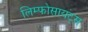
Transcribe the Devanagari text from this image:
लिम्फोसायट्स